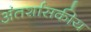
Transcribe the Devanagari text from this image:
अंतर्शासकीय